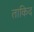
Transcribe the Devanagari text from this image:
ताकिद